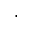
\cdot